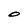
Character: O